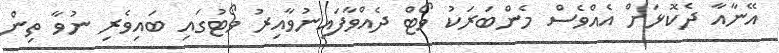
އޭނާއާ ދެކޮޅަށް އެއްވެސް މެންބަރަކު ވޯޓް ދެއްވާފައިނުވާއިރު ވޯޓުގައި ބައިވެރި ނުވާ ތިން